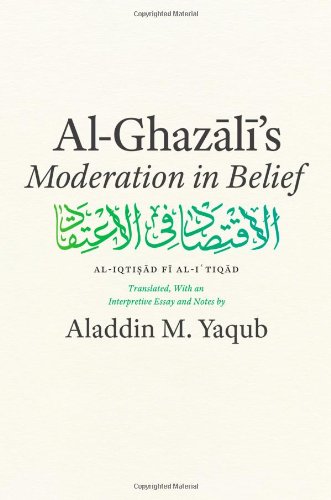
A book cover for Al-Ghazali's "Moderation in Belief"; Al-Ghazali; Religion & Spirituality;